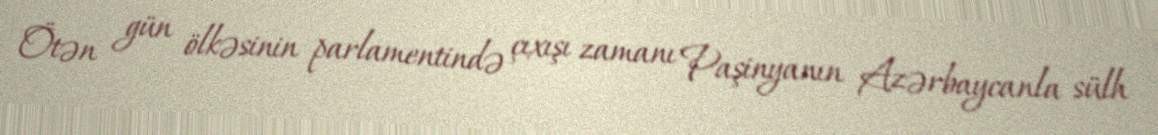
Ötən gün ölkəsinin parlamentində çıxışı zamanı Paşinyanın Azərbaycanla sülh